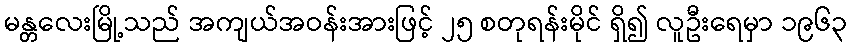
မန္တလေးမြို့သည် အကျယ်အဝန်းအားဖြင့် ၂၅ စတုရန်းမိုင် ရှိ၍ လူဦးရေမှာ ၁၉၆၃